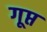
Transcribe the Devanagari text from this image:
गूप्त